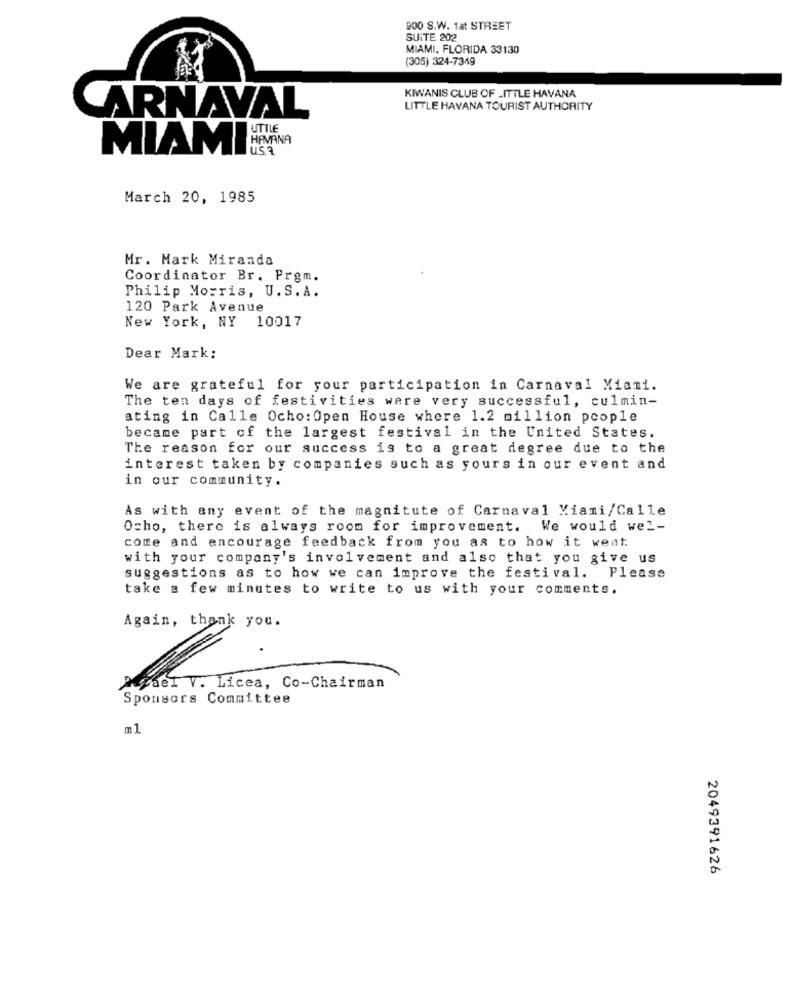
900 S.W. 1at STREET
SUITE 202
MIAMI, FLORIDA 33130
(305) 324-7349
KIWANIS CLUB OF LITTLE HAVANA
LITTLE HAVANA TOURIST AUTHORITY
CARNAVAL
UTTLE
HAVANA
MIAMI
March 20, 1985
Mr. Mark Miranda
Coordinator Br. Prgm.
Philip Morris, U.S. A.
120 Park Avenue
New York, NY 10017
Dear Mark:
We are grateful for your participation in Carnaval Miami.
The ten days of festivities were very successful, culmin-
ating in Calle Ocho: Open House where 1.2 million people
became part of the largest festival in the United States.
The reason for our success is to a great degree due to the
interest taken by companies such as yours in our event and
in our community.
As with any event of the magnitute of Carnaval Viami/Calle
Ocho, there is always room for improvement. We would wel-
come and encourage feedback from you as to how it went
with your company's involvement and also that you give us
suggestions as to how we can improve the festival. Please
take a few minutes to write to us with your comments.
Again, thank you.
persel V. Licea, Co-Chairman
Sponsors Committee
ml
2049391626